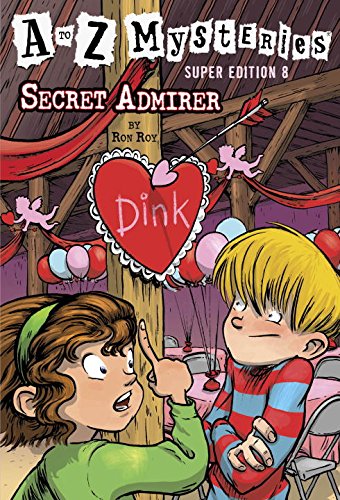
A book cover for A to Z Mysteries Super Edition #8: Secret Admirer (A Stepping Stone Book(TM)); Ron Roy; Children's Books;